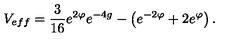
V _ { e f f } = \frac { 3 } { 1 6 } e ^ { 2 \varphi } e ^ { - 4 g } - \left( e ^ { - 2 \varphi } + 2 e ^ { \varphi } \right) .